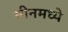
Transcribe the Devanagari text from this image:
सीनमध्ये